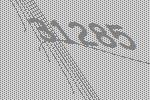
31285